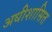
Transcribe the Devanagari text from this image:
अधीशासित